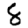
Digit: 8